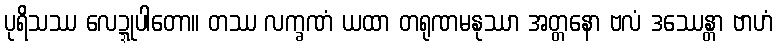
ပုရိသဿ လေဍ္ဍုပါတော။ တဿ လက္ခဏံ ယထာ တရုဏမနုဿာ အတ္တနော ဗလံ ဒဿေန္တာ ဗာဟံ